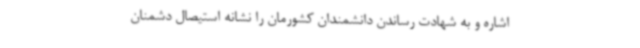
اشاره و به شهادت رساندن دانشمندان کشورمان را نشانه استیصال دشمنان